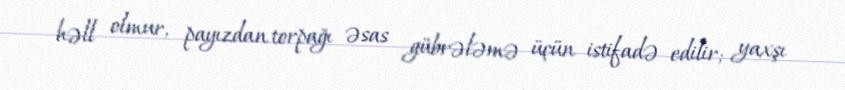
həll olmur, payızdan torpağı əsas gübrələmə üçün istifadə edilir; yaxşı